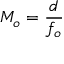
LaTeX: M _ { o } = { \frac { d } { f _ { o } } }